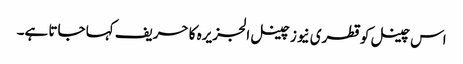
اس چینل کو قطری نیوز چینل الجزیرہ کا حریف کہا جاتا ہے۔